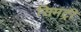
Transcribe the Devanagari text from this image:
सिमट्री